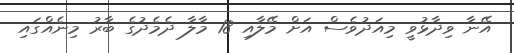
އޭނާ ވިދާޅުވީ މިއަދުވެސް އަށް މޭލާއި 18 މާލާ ދެމެދުގެ ބާރު މިނެއްގައި